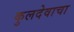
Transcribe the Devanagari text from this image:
कुलदेवाचा